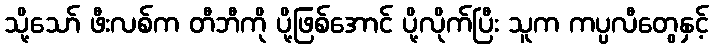
သို့သော် ဖီးလစ်က တီဘီကို ပို့ဖြစ်အောင် ပို့လိုက်ပြီး သူက ကပ္ပလီတွေနှင့်